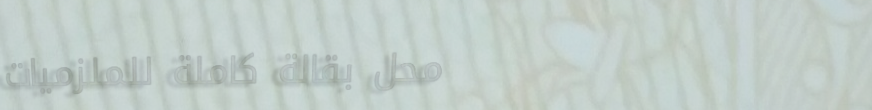
محل بقالة كاملة للملزميات